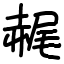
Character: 䞔